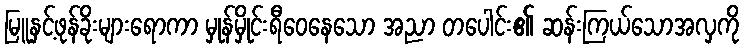
မြူနှင့်ဖုန်ခိုးများရောကာ မှုန်မှိုင်းရီဝေနေသော အညာ တပေါင်း၏ ဆန်းကြယ်သောအလှကို